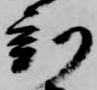
刻